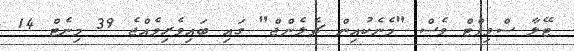
ޓޭލާ ސްވިފްޓް ވެސް "މެނެކުއިން ޗެލެންޖް" ގައި ބައިވެރިވެއްޖެ 39 މިނެޓް 14